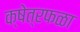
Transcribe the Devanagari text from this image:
क्षेत्रफळा